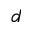
d